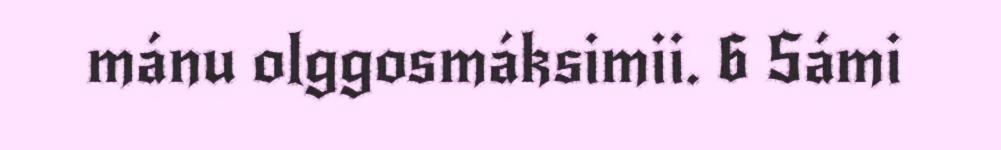
mánu olggosmáksimii. 6 Sámi